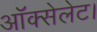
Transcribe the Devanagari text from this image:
ऑक्सेलेट।